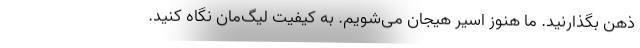
ذهن بگذارنید. ما هنوز اسیر هیجان می‌شویم. به کیفیت لیگ‌مان نگاه کنید.